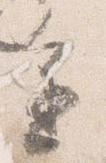
進